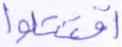
اقتتلوا